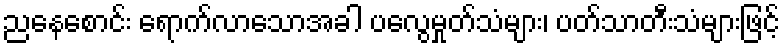
ညနေစောင်း ရောက်လာသောအခါ ပလွေမှုတ်သံများ၊ ပတ်သာတီးသံများဖြင့်